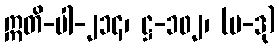
ဣတိ-ပါ-၂၁၄၊ ဋ္ဌ-၁၀၂၊ (ပ-ဒု)